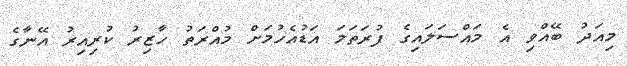
މިއަދު ބޭއްވި އެ މައްސަލައިގެ ފުރަތަމަ އަޑުއެހުމަށް މުއްރަތު ހާޒިރު ކުރިއިރު އޭނާގެ